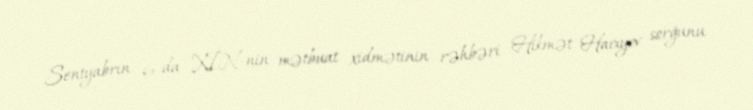
Sentyabrın 6-da XİN-nin mətbuat xidmətinin rəhbəri Hikmət Hacıyev sorğunu